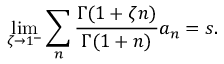
\operatorname* { l i m } _ { \zeta \rightarrow 1 ^ { - } } \sum _ { n } { \frac { \Gamma ( 1 + \zeta n ) } { \Gamma ( 1 + n ) } } a _ { n } = s .